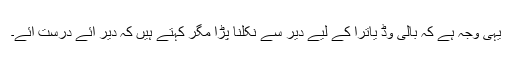
یہی وجہ ہے کہ بالی وڈ یاترا کے لیے دیر سے نکلنا پڑا مگر کہتے ہیں کہ دیر آئے درست آئے۔